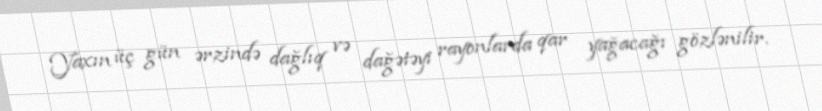
Yaxın üç gün ərzində dağlıq və dağətəyi rayonlarda qar yağacağı gözlənilir.